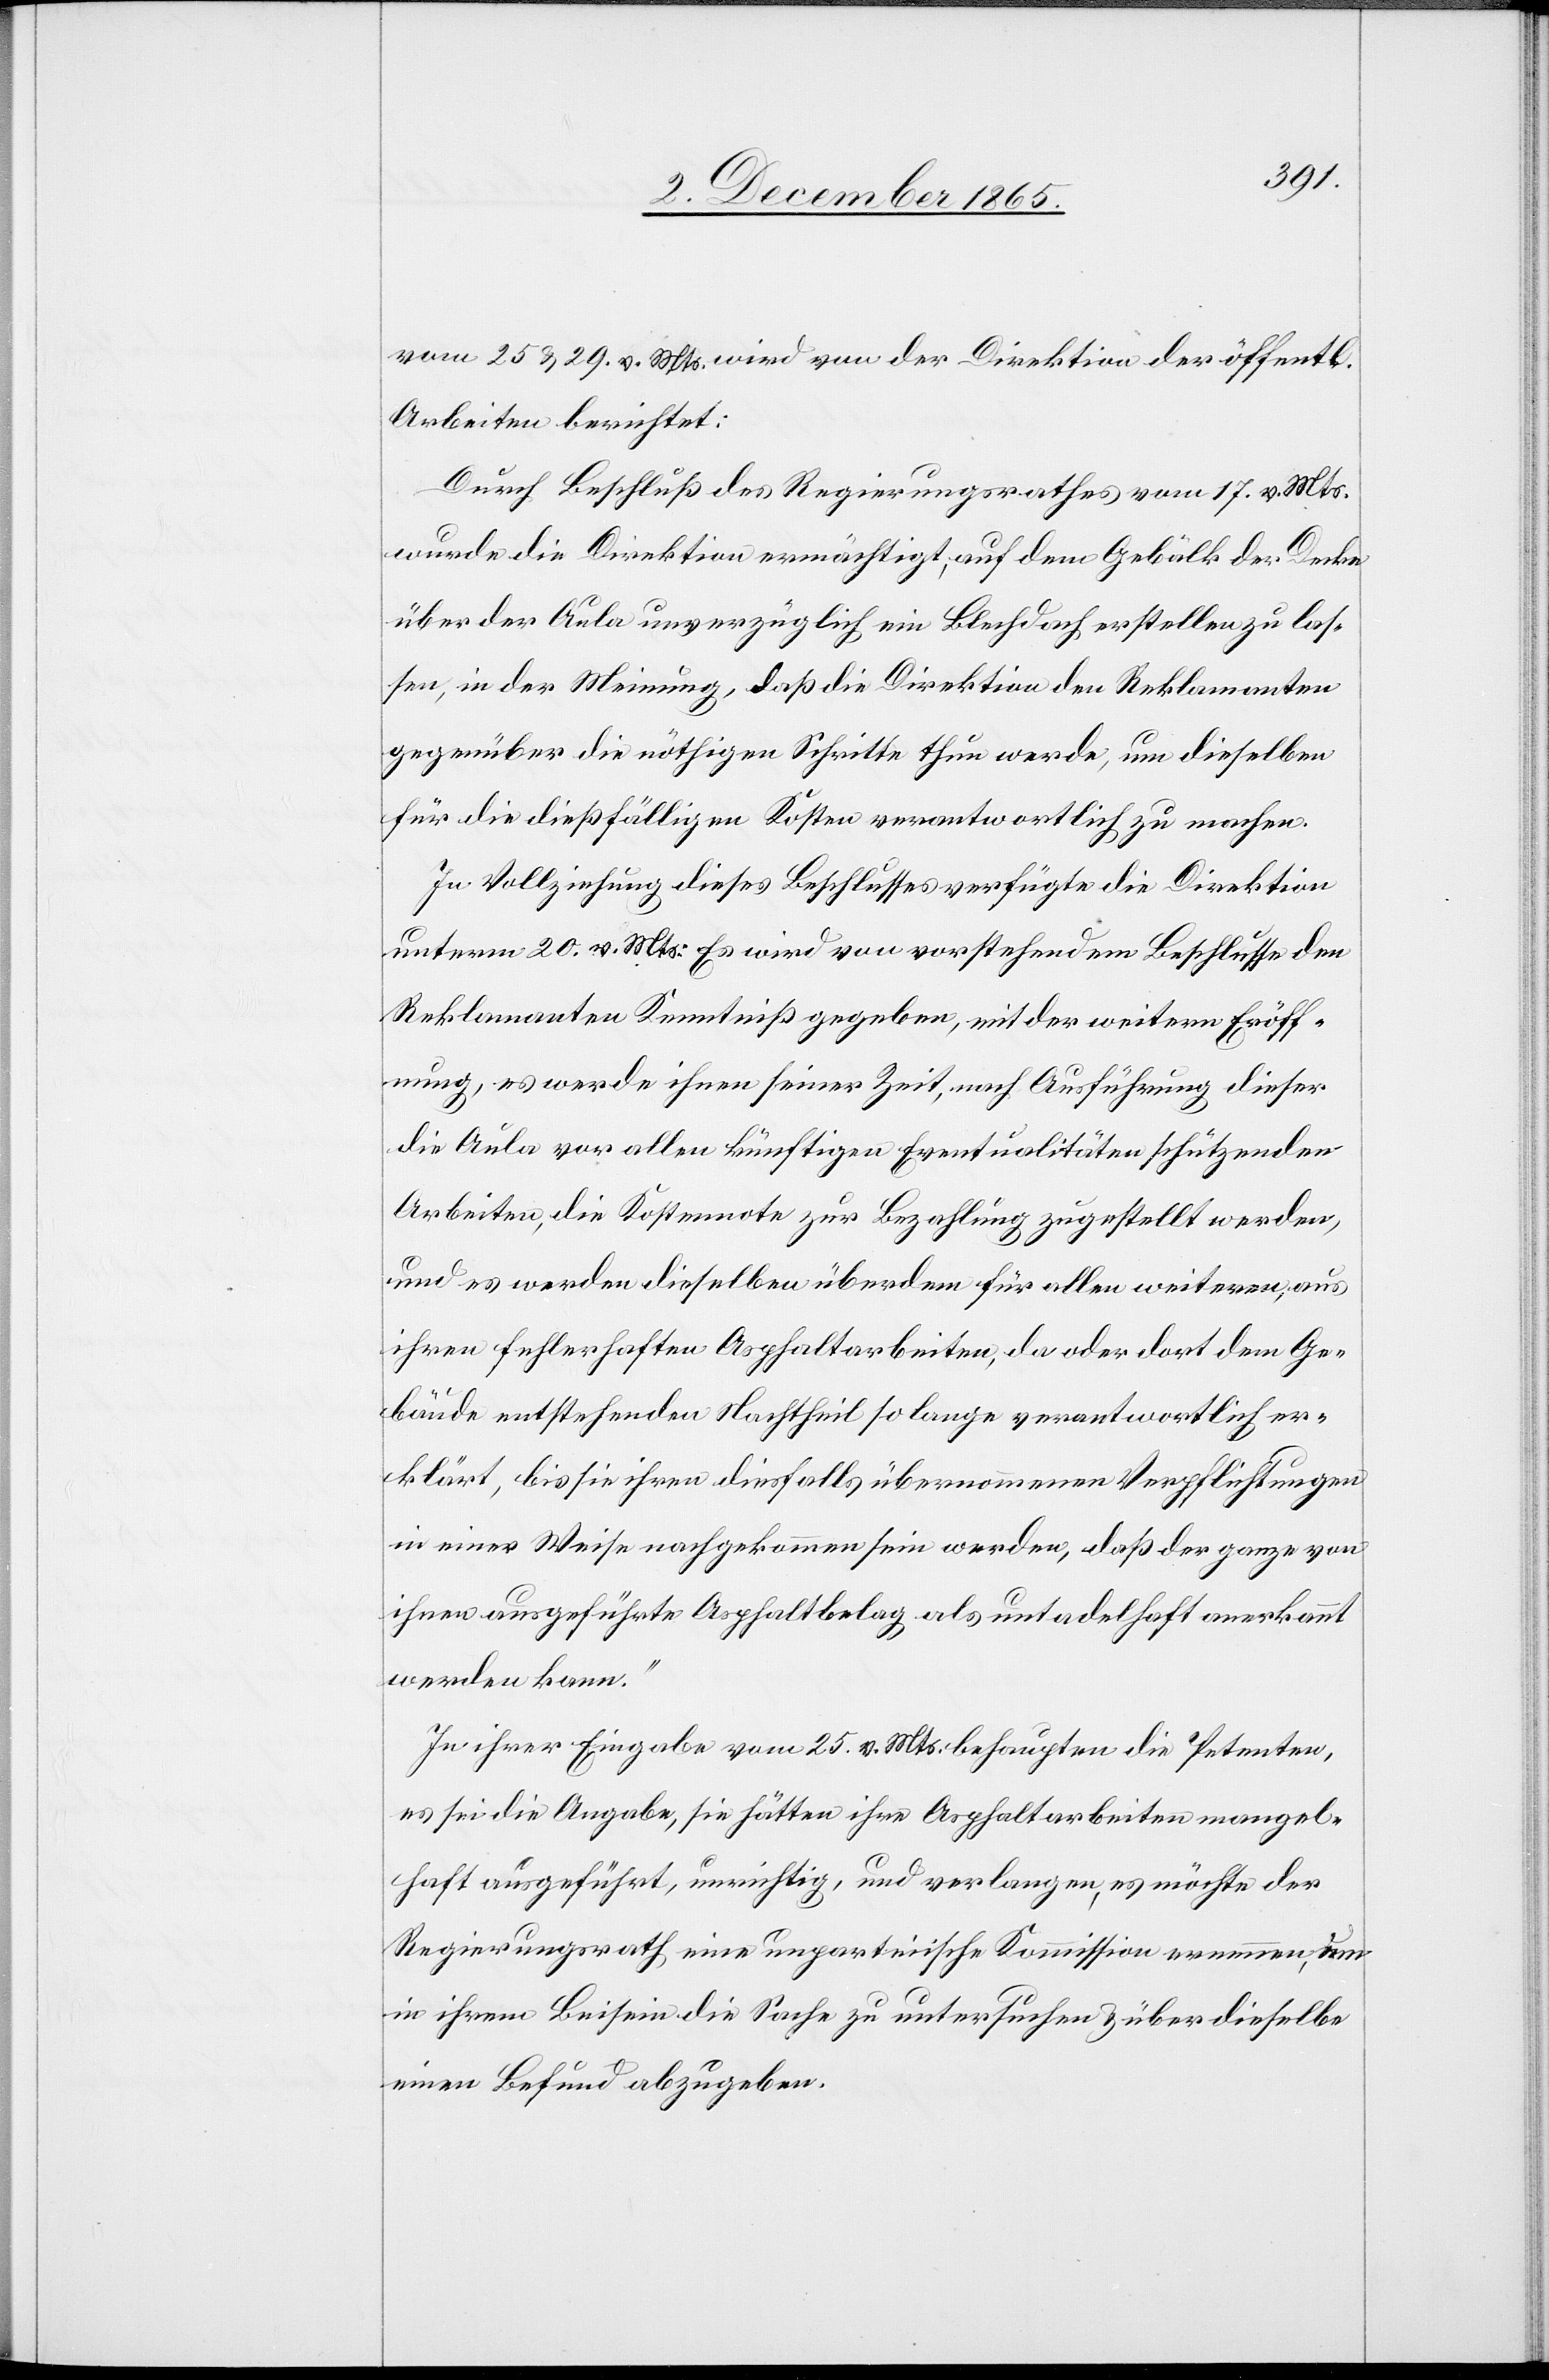
vom 25. & 19. v. Mts. wird von der Direktion der öffentl.
Arbeiten berichtet:
Durch Beschluß des Regierungsrathes vom 17. v. Mts.
wurde die Direktion ermächtigt, auf dem Gebälk der Decke
über der Aula unverzüglich ein Blechdach erstellen zu las¬
sen, in der Meinung, daß die Direktion den Reklamanten
gegenüber die nöthigen Schritte thun werde, um dieselben
für die dießfälligen Kosten verantwortlich zu machen.
In Vollziehung dieses Beschlusses verfügte die Direktion
unterm 20. v. Mts: [„]Es wird von vorstehendem Beschlusse den
Reklamanten Kenntniß gegeben, mit der weitern Eröff¬
nung, es werde ihnen seiner Zeit, nach Ausführung dieser
die Aula vor allen künftigen Eventualitäten schützenden
Arbeiten, die Kostennote zur Bezahlung zugestellt werden,
und es werden dieselben überdem für allen weiteren, aus
ihren fehlerhaften Asphaltarbeiten, da oder dort dem Ge¬
bäude entstehenden Nachtheil so lange verantwortlich er¬
klärt, bis sie ihren diesfalls übernommenen Verpflichtungen
in einer Weise nachgekommen sein werden, daß der ganze von
ihnen ausgeführte Asphaltbelag als untadelhaft anerkannt
werden kann.“
In ihrer Eingabe vom 25. v. Mts. behaupten die Petenten,
es sei die Angabe, sie hätten ihre Asphaltarbeiten mangel¬
haft ausgeführt, unrichtig, und verlangen, es möchte der
Regierungsrath eine unparteiische Kommission ernennen um
in ihrem Beisein die Sache zu untersuchen & über dieselbe
einen Befund abzugeben.